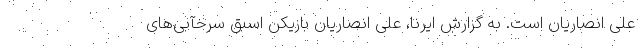
علی انصاریان است. به گزارش ایرنا، علی انصاریان بازیکن اسبق سرخآبی‌های